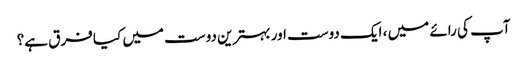
آپ کی رائے میں ، ایک دوست اور بہترین دوست میں کیا فرق ہے؟